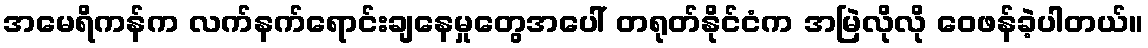
အမေရိကန်က လက်နက်ရောင်းချနေမှုတွေအပေါ် တရုတ်နိုင်ငံက အမြဲလိုလို ဝေဖန်ခဲ့ပါတယ်။